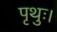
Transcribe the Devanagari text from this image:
पृथुः।